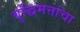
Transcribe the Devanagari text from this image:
बुद्धिमत्तांचा